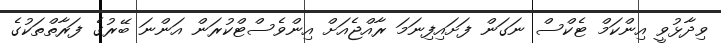
ވިދާޅުވީ އިންކަމް ޓެކްސް ނަގަން ފަށައިފިނަމަ ރާއްޖެއަށް އިންވެސްޓްކުރަން އަންނަ ބޭރުގެ ފަރާތްތަކުގެ